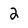
Character: 2